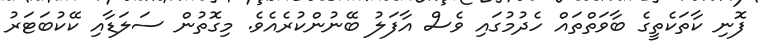
ފޮނި ކާތަކެތީގެ ބާވަތްތައް ހެދުމުގައި ވެސް އާފަލު ބޭނުންކުރެއެވެ. މިގޮތުން ސަލަޑާއި ކޭކުބަޓަރު